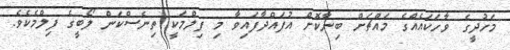
މަހުދީގެ ވާހަކައެއްގެ މައްޗަށް ބިނާކޮށް އުފައްދާފައިވާ މި ފިލްމަކީ ތިނެސްކަން ލޯބީގެ ފިލްމެކެވެ.